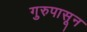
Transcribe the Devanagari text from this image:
गुरुपासून